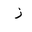
Letter: _zay